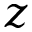
z